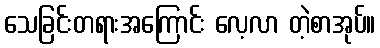
သေခြင်းတရားအကြောင်း လေ့လာ တဲ့စာအုပ်။